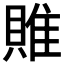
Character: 𨿎